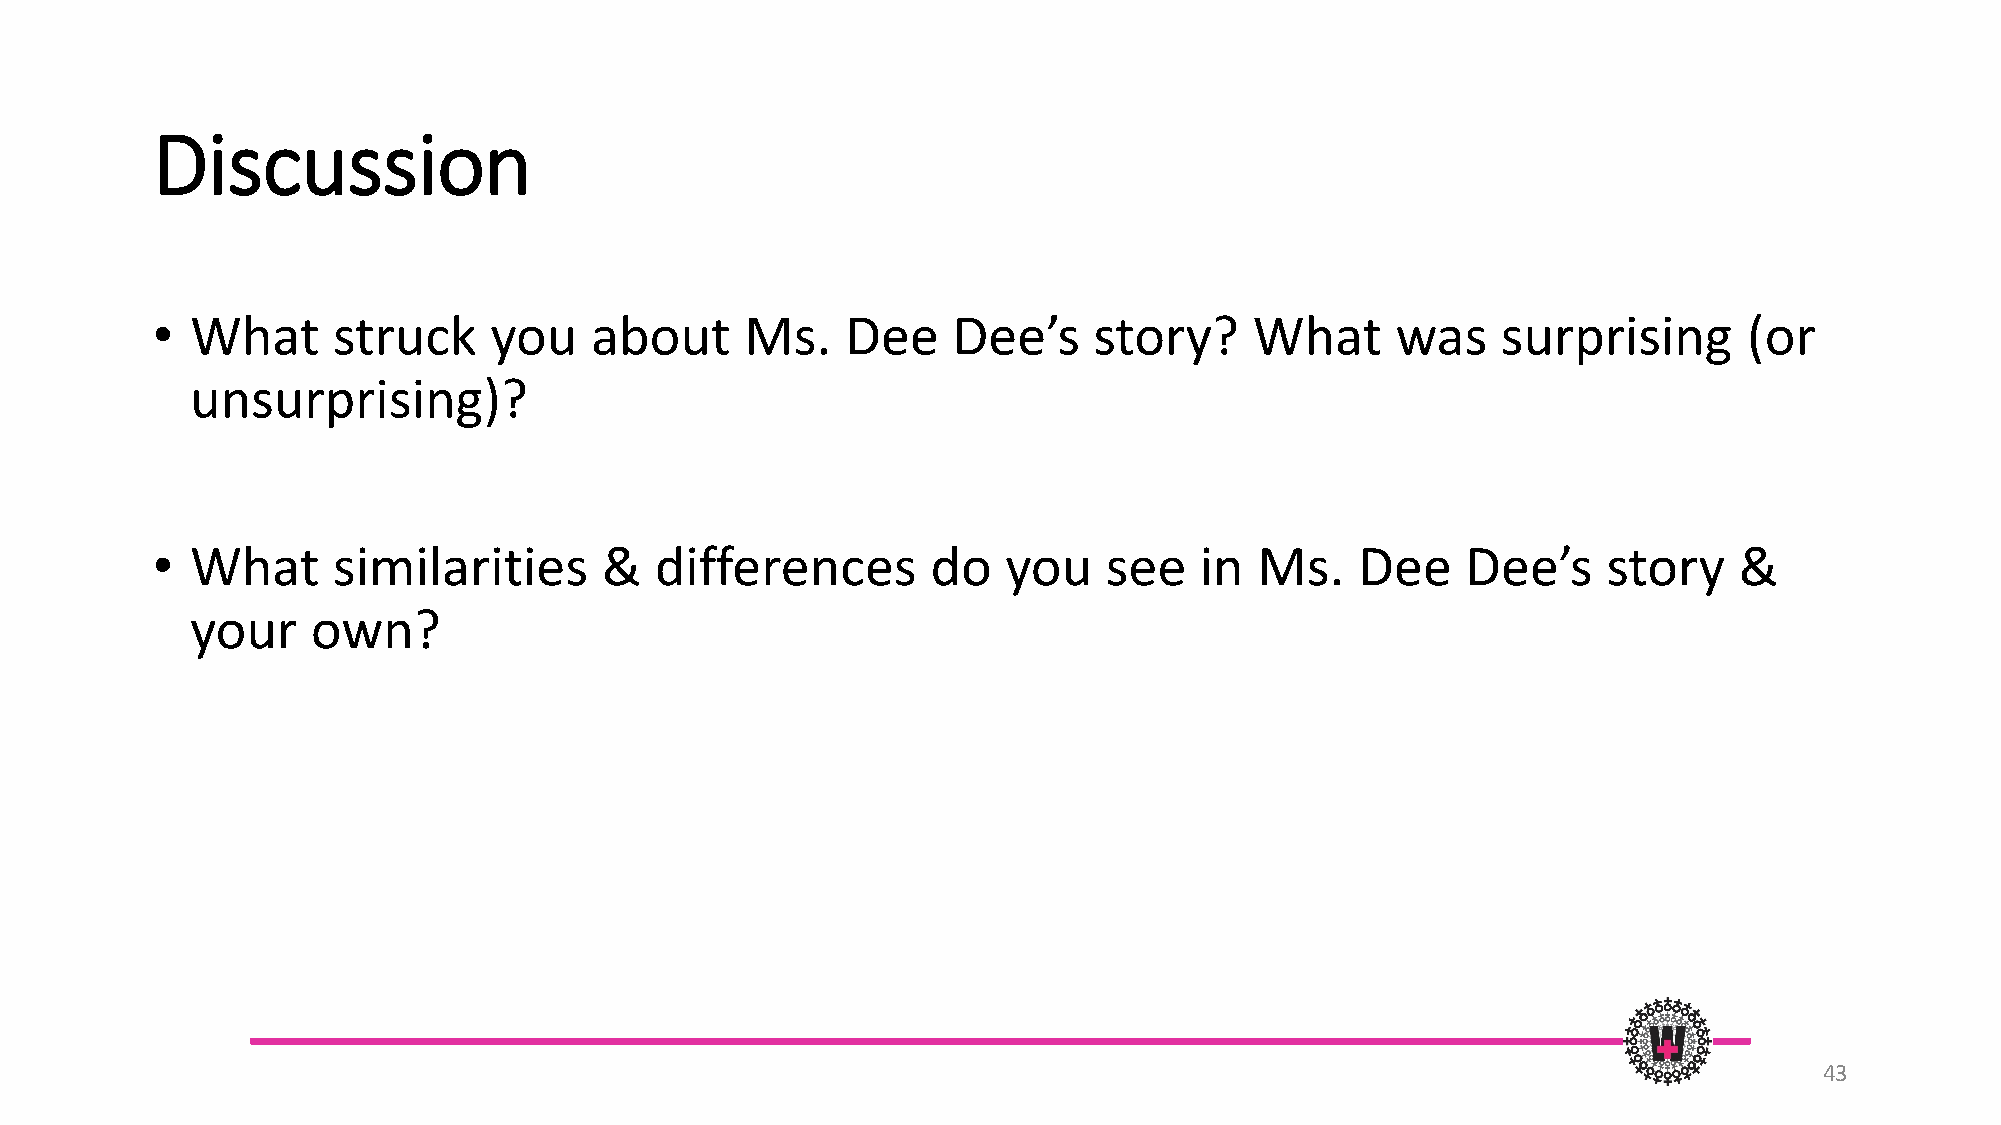
Discussion
 •  What     struck    you    about     Ms.    Dee    Dee’s    story?     What     was    surprising       (or
 unsurprising)?
 •  What     similarities      &  differences        do   you   see   in  Ms.    Dee    Dee’s    story    &
 your    own?
 43